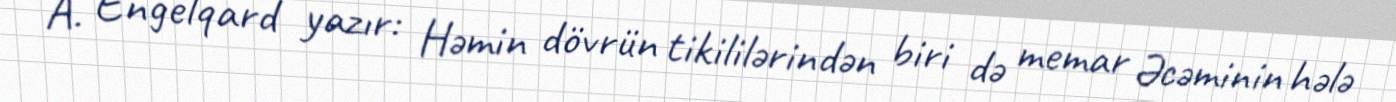
A. Engelqard yazır: Həmin dövrün tikililərindən biri də memar Əcəminin hələ